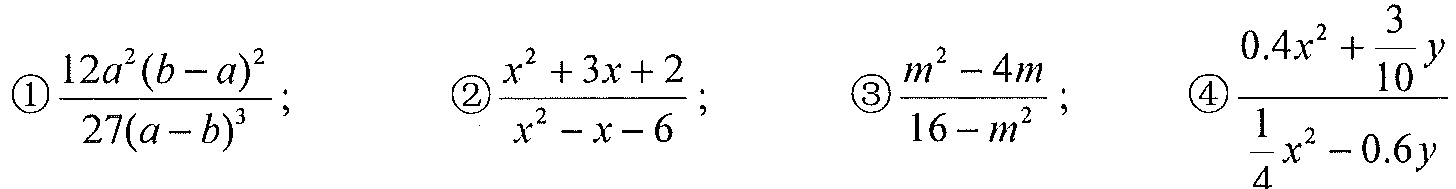
\textcircled{1}$\frac{12a^{2}(b - a)^{2}}{27(a - b)^{3}}$; \textcircled{2}$\frac{x^{2}+3x + 2}{x^{2}-x - 6}$; \textcircled{3}$\frac{m^{2}-4m}{16 - m^{2}}$; \textcircled{4}$\frac{0.4x^{2}+\frac{3}{10}y}{\frac{1}{4}x^{2}-0.6y}$